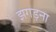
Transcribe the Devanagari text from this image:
झगड़ना